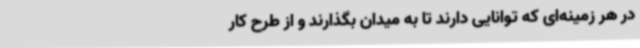
در هر زمینه‌ای که توانایی دارند تا به میدان بگذارند و از طرح کار